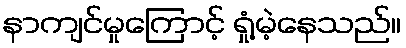
နာကျင်မှုကြောင့် ရှုံ့မဲ့နေသည်။